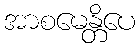
အာစမေန္တိပေ